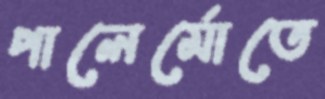
পালের্মোতে